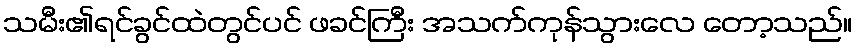
သမီး၏ရင်ခွင်ထဲတွင်ပင် ဖခင်ကြီး အသက်ကုန်သွားလေ တော့သည်။